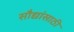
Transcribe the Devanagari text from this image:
सौद्यांसाठी